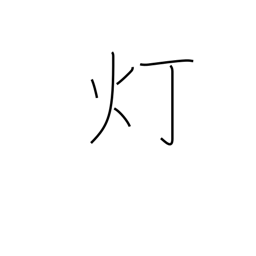
Meaning: lamp